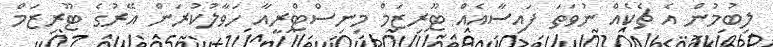
ލިބުމުން އެ ޗެކެއް ނުވަތަ ފައިސާއެއް ޓޫރިޒަމް މިނިސްޓްރީއާ ހަވާލުކުރަން އޭރުގެ ޓޫރިޒަމް